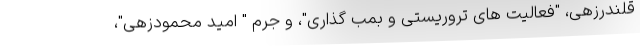
قلندرزهی، "فعالیت های تروریستی و بمب گذاری"، و جرم " امید محمودزهی"،